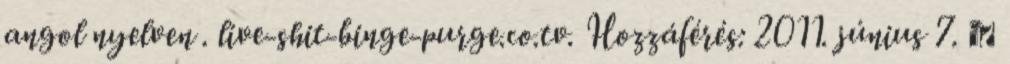
angol nyelven . live-shit-binge-purge.co.tv. Hozzáférés: 2011. június 7. ↑